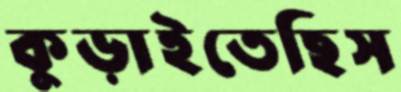
কুড়াইতেছিস